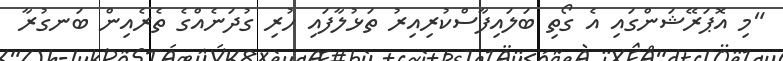
"މި އޮޕަރޭޝަންގައި އެ ގޯތި ބަލައިފާސްކުރިއިރު ތަޅުލާފައި ހުރި ގުދަނެއްގެ ތެރެއިން ބަނގުރާ